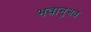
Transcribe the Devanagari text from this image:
भवानुभव